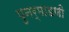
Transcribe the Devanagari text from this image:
पुनर्माडणी